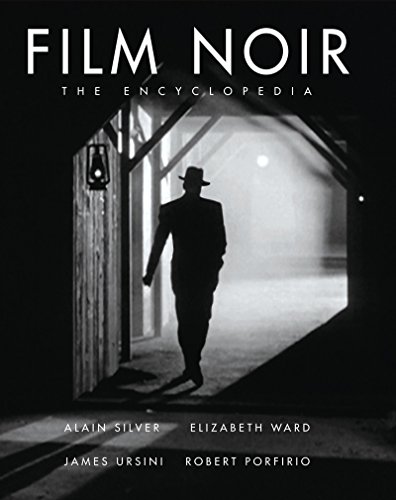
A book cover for The Film Noir Encyclopedia; Humor & Entertainment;